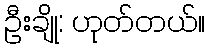
ဦးချို: ဟုတ်တယ်။